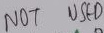
Text: NOT USED